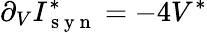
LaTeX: \partial_{V}I_{\mathrm{~s~y~n~}}^{*}=-4V^{*}